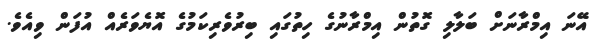
އޭނަ އިމްރާނަށް ބަލާލި ގޮތުން އިމްރާނުގެ ހިތުގައި ބިރުވެރިކަމުގެ އޮޔެވަރެއް އުފަން ވިއެވެ.